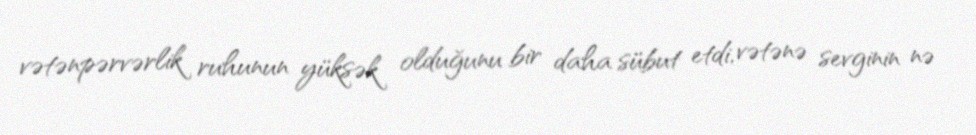
vətənpərvərlik ruhunun yüksək olduğunu bir daha sübut etdi, vətənə sevginin nə